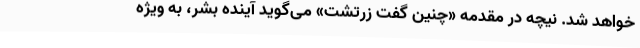
خواهد شد. نیچه در مقدمه «چنین گفت زرتشت» می‌گوید آینده بشر، به ویژه